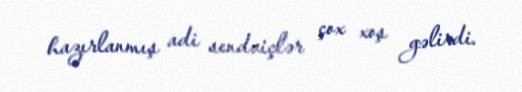
hazırlanmış adi sendviçlər çox xoş gəlirdi.